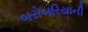
બરોબરિયાની